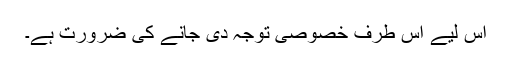
اس لیے اس طرف خصوصی توجہ دی جانے کی ضرورت ہے۔